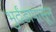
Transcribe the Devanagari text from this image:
भुर्दंडापासून